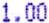
1.00